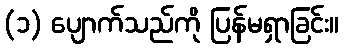
(၁) ပျောက်သည်ကို ပြန်မရှာခြင်း။